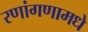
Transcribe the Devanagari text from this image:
रणांगणामधे